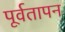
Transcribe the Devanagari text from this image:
पूर्वतापन